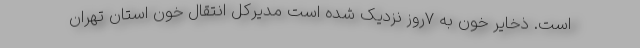
است. ذخایر خون به ۷روز نزدیک شده است مدیرکل انتقال خون استان تهران